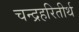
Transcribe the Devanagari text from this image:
चन्द्रहरितीर्थ